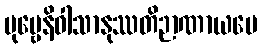
ပုဗ္ဗေနိဝါသာနုဿတိဉာဏာယပေ